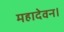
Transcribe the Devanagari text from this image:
महादेवन।